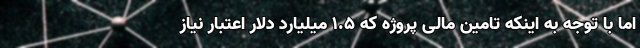
اما با توجه به اینکه تامین مالی پروژه که 1.5 میلیارد دلار اعتبار نیاز